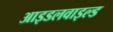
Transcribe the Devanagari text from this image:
आइडलवाइल्ड